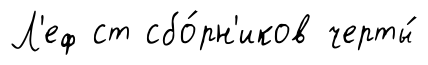
Л'еф ст сбо́рн'иков черты́